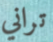
تراني